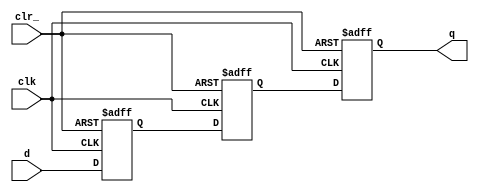
// ================================================================
// NVDLA Open Source Project
//
// Copyright(c) 2016 - 2017 NVIDIA Corporation. Licensed under the
// NVDLA Open Hardware License; Check "LICENSE" which comes with
// this distribution for more information.
// ================================================================
module p_SSYNC3DO_C_PPP (
  clk
 ,d
 ,clr_
 ,q
 );
//---------------------------------------
//IO DECLARATIONS
input clk ;
input d ;
input clr_ ;
output q ;
reg q,d1,d0;
always @(posedge clk or negedge clr_)
begin
    if(~clr_)
        {q,d1,d0} <= 3'd0;
    else
        {q,d1,d0} <= {d1,d0,d};
end
endmodule